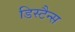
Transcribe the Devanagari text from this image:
डिस्टैन्स